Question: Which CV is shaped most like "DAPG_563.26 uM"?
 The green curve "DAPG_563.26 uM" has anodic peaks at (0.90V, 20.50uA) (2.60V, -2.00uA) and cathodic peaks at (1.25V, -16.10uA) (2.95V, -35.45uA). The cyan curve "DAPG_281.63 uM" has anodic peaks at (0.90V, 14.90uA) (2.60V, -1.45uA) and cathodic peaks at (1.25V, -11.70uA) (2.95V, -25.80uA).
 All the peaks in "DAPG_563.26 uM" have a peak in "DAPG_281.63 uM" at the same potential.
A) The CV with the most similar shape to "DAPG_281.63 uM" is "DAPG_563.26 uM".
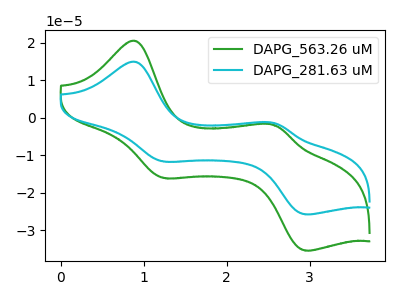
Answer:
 <answer>A) The CV with the most similar shape to "DAPG_281.63 uM" is "DAPG_563.26 uM".</answer>
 <eval>A</eval>